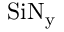
\mathrm { S i N _ { y } }